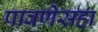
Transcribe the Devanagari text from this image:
पावणेसहा